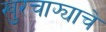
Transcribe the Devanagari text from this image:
खुरचाफ्याचे